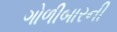
ગોળીબારની